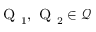
{ \textsc { Q } } _ { 1 } , { \textsc { Q } } _ { 2 } \in { \mathcal { Q } }